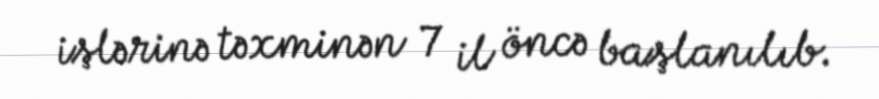
işlərinə təxminən 7 il öncə başlanılıb.